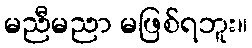
မညီမညာ မဖြစ်ရဘူး။